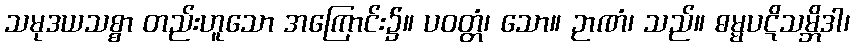
သမုဒယသစ္စာ တည်းဟူသော အကြောင်း၌။ ပဝတ္တံ၊ သော။ ဉာဏံ၊ သည်။ ဓမ္မပဋိသမ္ဘိဒါ၊